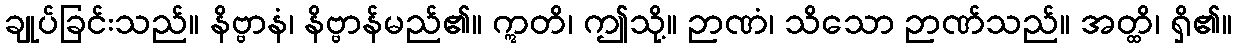
ချုပ်ခြင်းသည်။ နိဗ္ဗာနံ၊ နိဗ္ဗာန်မည်၏။ ဣတိ၊ ဤသို့။ ဉာဏံ၊ သိသော ဉာဏ်သည်။ အတ္ထိ၊ ရှိ၏။